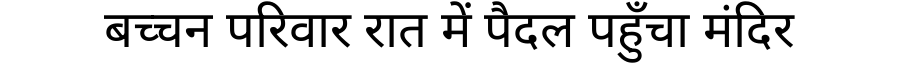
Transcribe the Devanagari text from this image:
बच्चन परिवार रात में पैदल पहुँचा मंदिर